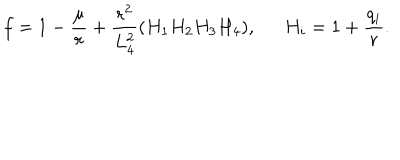
LaTeX: f = 1 - \frac { \mu } { r } + \frac { r ^ { 2 } } { L _ { 4 } ^ { 2 } } ( H _ { 1 } H _ { 2 } H _ { 3 } H _ { 4 } ) , H _ { i } = 1 + \frac { q _ { i } } { r } .